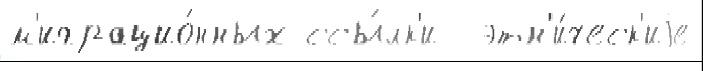
м'играцио́нных ссы́лк'и  этн'и́ческ'иjе